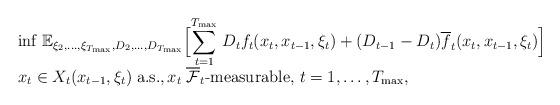
LaTeX: \begin{align*} \begin{array}{l}{\inf} \; \mathbb{E}_{\xi_2,\ldots,\xi_{T_{\max}},D_2,\ldots,D_{T_{\max}}}\Big[ \displaystyle{\sum_{t=1}^{T_{\max}}} \; D_{t} f_t(x_t, x_{t-1}, \xi_t ) + ( D_{t-1} - D_t ) {\overline{f}}_t(x_t, x_{t-1}, \xi_t )\Big]\\x_t \in X_t( x_{t-1}, \xi_t )\;\mbox{a.s.}, x_{t} \;{\overline{\mathcal{F}}}_t\mbox{-measurable, }t=1,\ldots,T_{\max},\end{array}\end{align*}